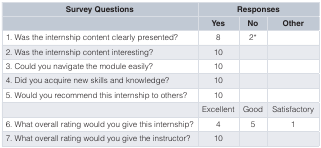
| Survey Questions | <COLSPAN=3> Responses |
 |  | Yes | No | Other |
 | --- | --- | --- | --- |
 | 1. Was the internship content clearly presented? | 8 | 2* |  |
 | 2. Was the internship content interesting? | 10 |  |  |
 | 3. Could you navigate the module easily? | 10 |  |  |
 | 4. Did you acquire new skills and knowledge? | 10 |  |  |
 | 5. Would you recommend this internship to others? | 10 |  |  |
 |  | Excellent | Good | Satisfactory |
 | 6. What overall rating would you give this internship? | 4 | 5 | 1 |
 | 7. What overall rating would you give the instructor? | 10 |  |  |